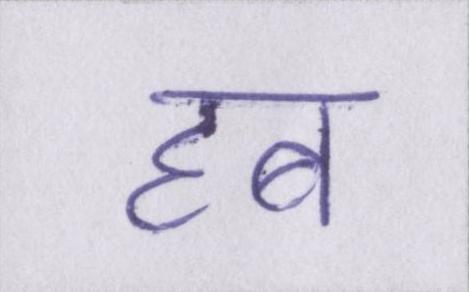
हब